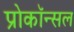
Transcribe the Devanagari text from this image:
प्रोकॉन्सल